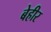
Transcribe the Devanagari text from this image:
बेहीर